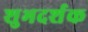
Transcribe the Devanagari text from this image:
शुभदर्शक